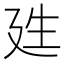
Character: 𭚕